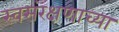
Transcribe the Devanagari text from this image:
स्वसंरक्षणाच्या